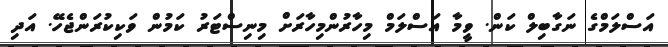
އަސްލަމްގެ ނަގާބިލް ކަން. ވީމާ އަސްލަމް މިހާރުންމިހާރަށް މިނިސްޓަރު ކަމުން ވަކިކުރަންޖެހޭ. އަދި